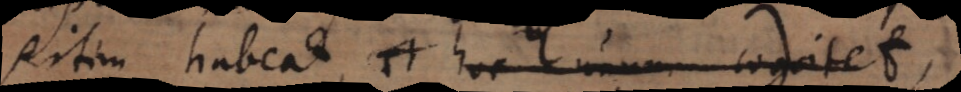
sitim habeat, et hoc unum cogitet,